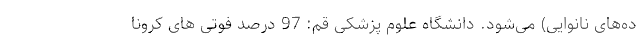
ده‌های نانوایی) می‌شود. دانشگاه علوم پزشکی قم: 97 درصد فوتی های کرونا